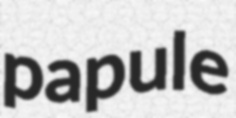
papule